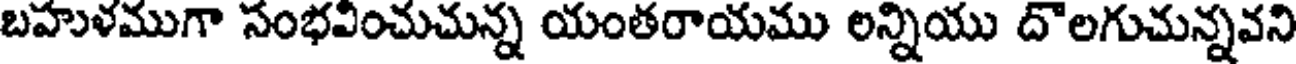
బహుళముగా సంభవించుచున్న యంతరాయము లన్నియు దొలగుచున్నవని